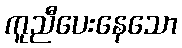
ကူညီပေးနေသော